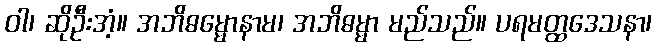
ဝါ၊ ဆိုဦးအံ့။ အဘိဓမ္မောနာမ၊ အဘိဓမ္မာ မည်သည်။ ပရမတ္ထဒေသနာ၊